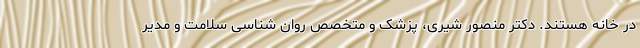
در خانه هستند. دکتر منصور شیری، پزشک و متخصص روان شناسی سلامت و مدیر